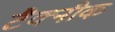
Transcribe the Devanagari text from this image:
टैक्नीक